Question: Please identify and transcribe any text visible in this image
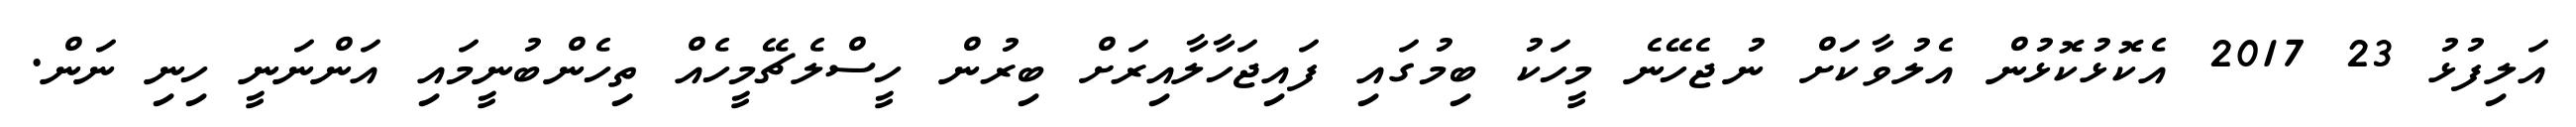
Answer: އަލިފުޅު 23 2017 އެކޮޅުކޮޅުން އެލުވާކަށް ނުޖެހޭނެ މީހަކު ބިމުގައި ފައިޖަހާލާއިރަށް ބިރުން ހީސްލެޗޭމީހެއް ތިހެންބުނީމައި އަންނަނީ ހިނި ނަން.